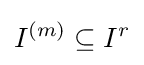
I^{(m)}\subseteq I^{r}